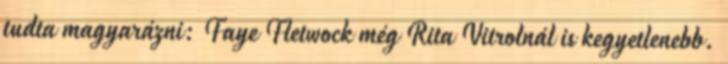
tudta magyarázni: Faye Fletwock még Rita Vitrolnál is kegyetlenebb.